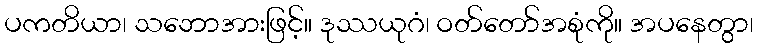
ပကတိယာ၊ သဘောအားဖြင့်။ ဒုဿယုဂံ၊ ဝတ်တော်အစုံကို။ အပနေတွာ၊